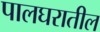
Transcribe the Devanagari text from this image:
पालघरातील